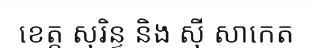
ខេត្ត សុរិន្ទ និង ស៊ី សាកេត